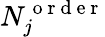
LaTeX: N_{j}^{\mathrm{~o~r~d~e~r~}}